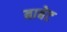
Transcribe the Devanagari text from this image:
बाबेट